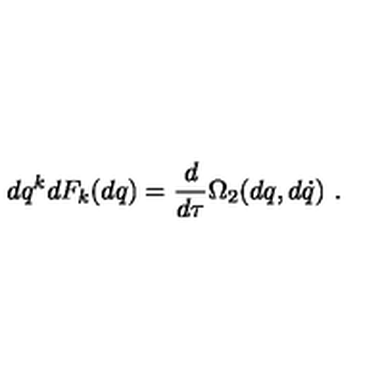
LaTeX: d q ^ { k } d F _ { k } ( d q ) = \frac { d } { d \tau } \Omega _ { 2 } ( d q , d \dot { q } ) \ .